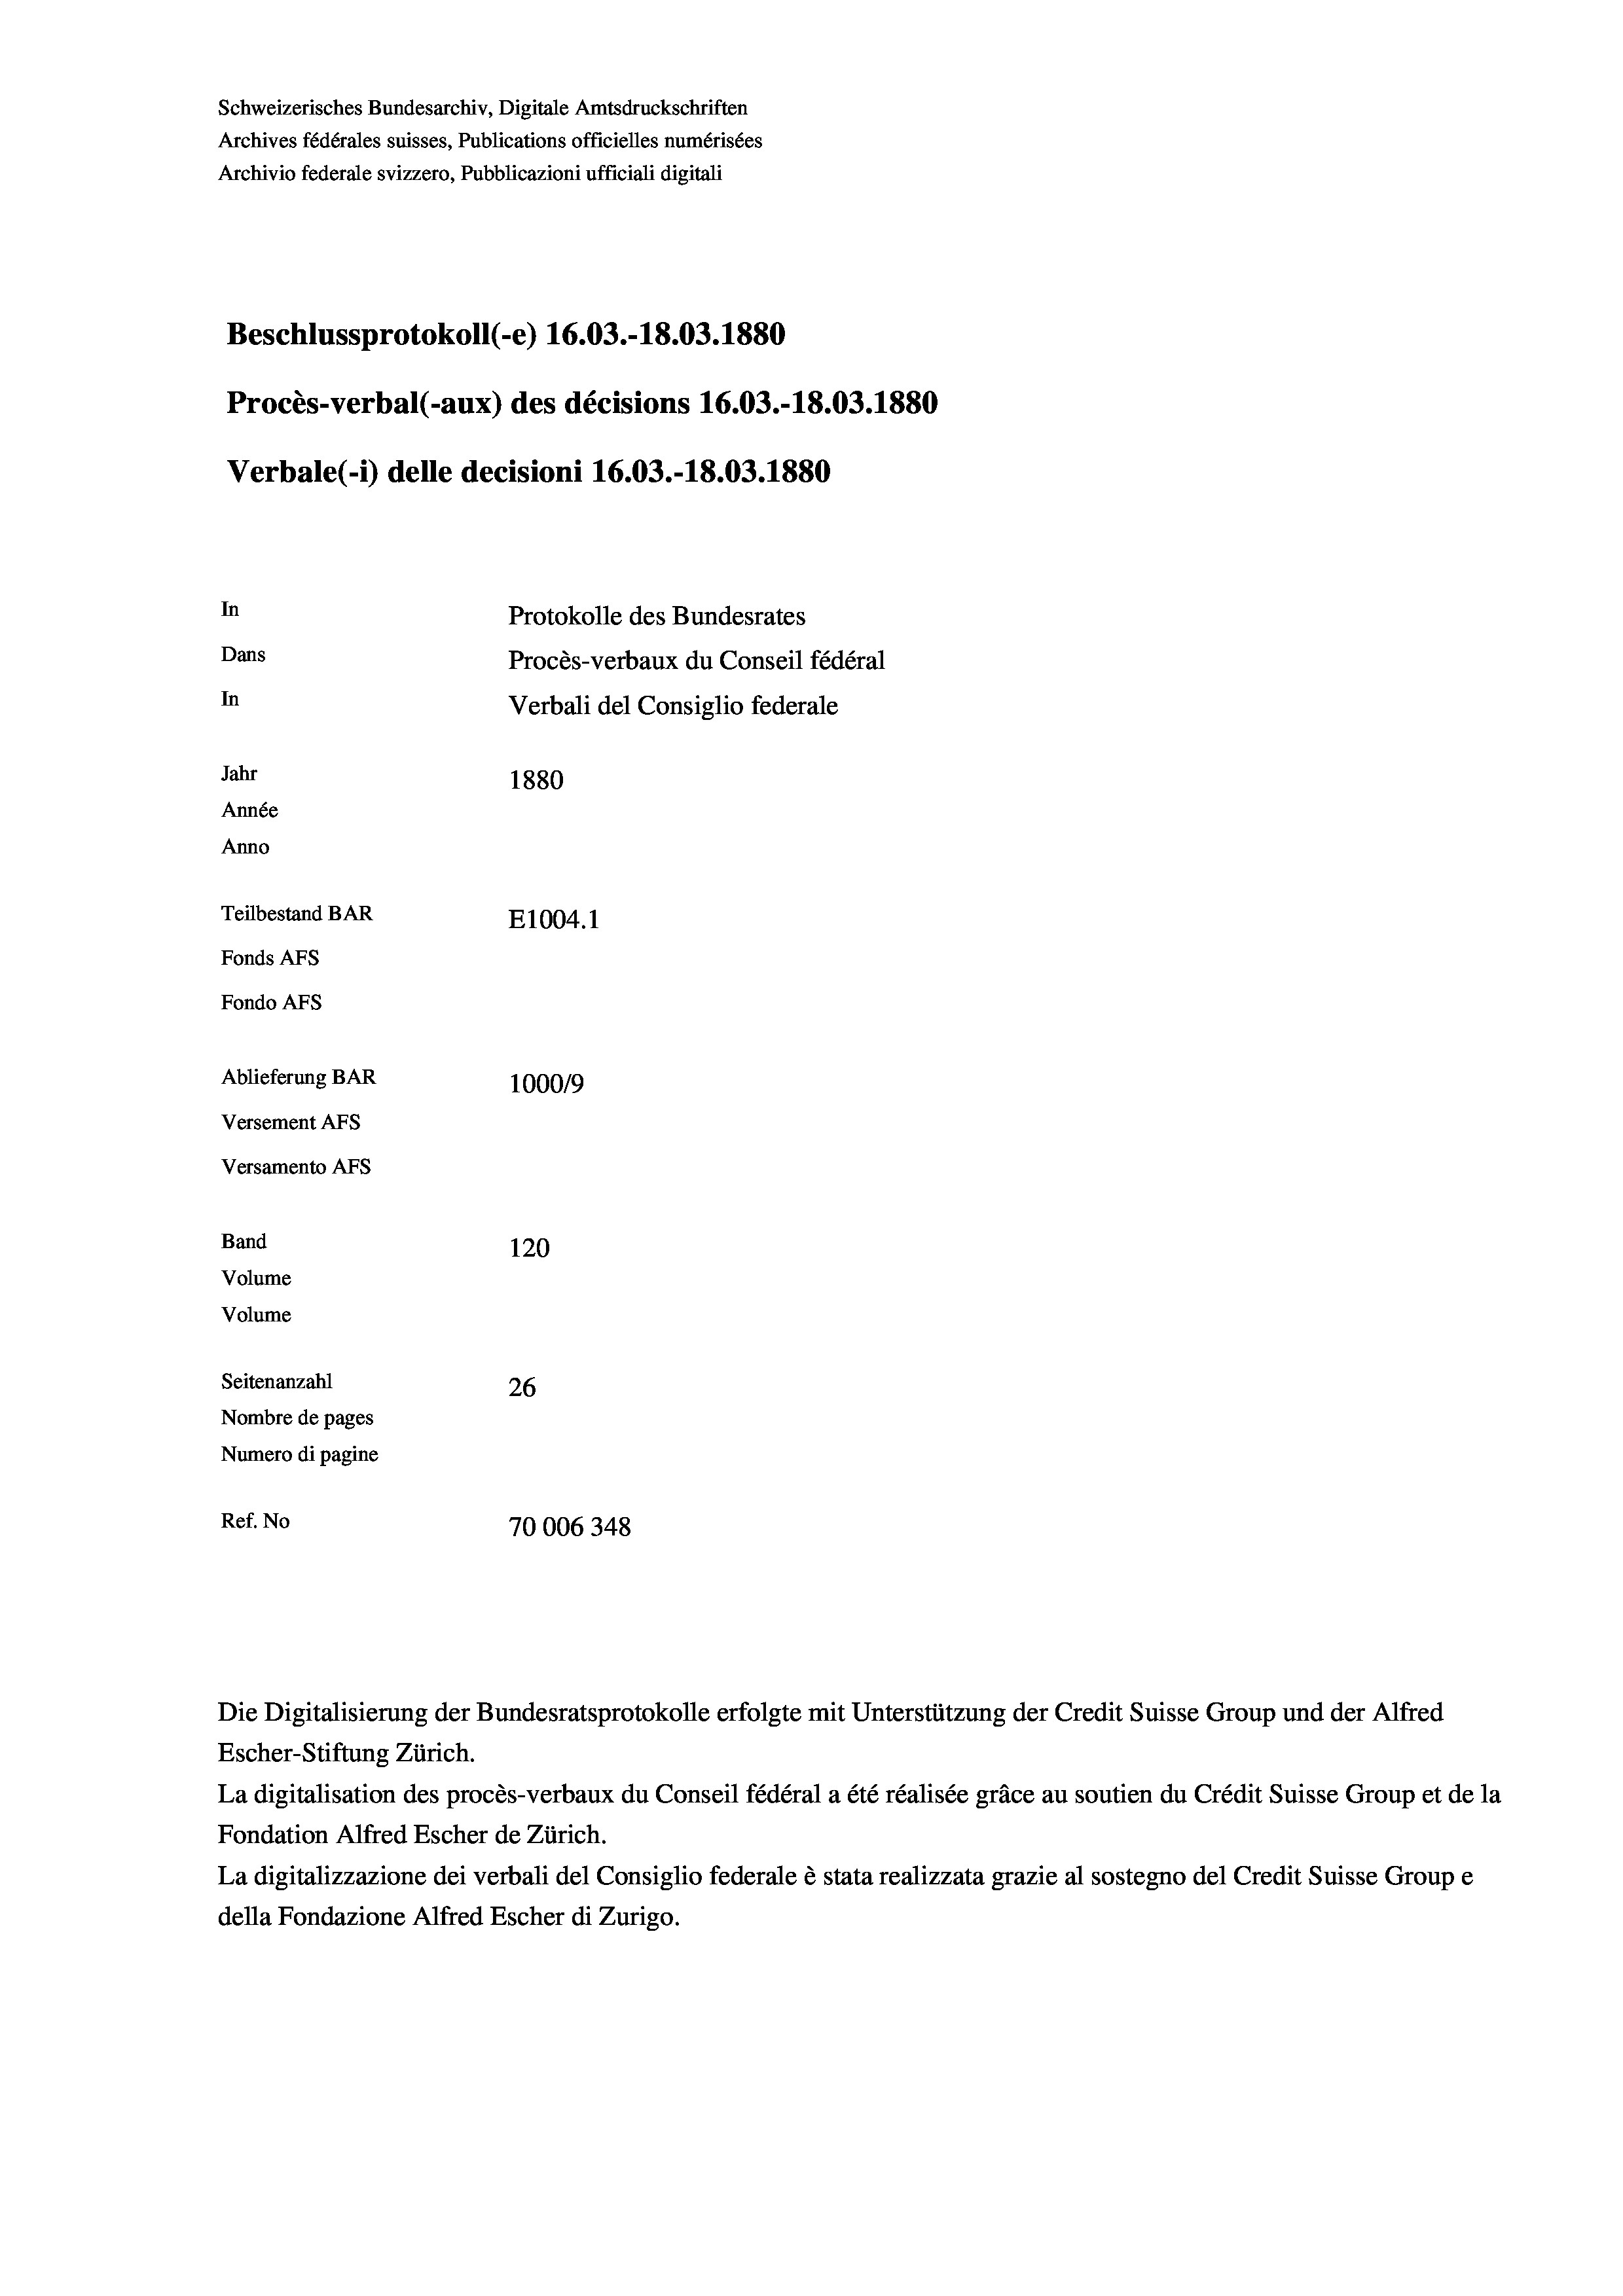
Schweizerisches Bundesarchiv, Digitale Amtsdruckschriften
Archives fédérales suisses, Publications officielles numérisées
Archivio federale svizzero, Pubblicazioni ufficiali digitali
Beschlussprotokoll (-e) 16.03.-18.03. 1880
Procès-verbal (-aux) des décisions 16.03.-18.03. 1880
Verbale(-*) delle decisioni 16.03.-18.03. 1880
In
Protokolle des Bundesrates
Dans
Procès-verbaux du Conseil fédéral
In
Verbali del Consiglio federale
Jahr
1880
Année
Anno
Teilbestand BAR
E1004. 1
Fonds AFs
Fondo Afs
Ablieferung BAR
100019
Versement AFs

Versamento Afs
Band
Volume
Volume

120
Seitenanzahl
26
Nombre de pages
Numero di pagine
Ref. No
70006348

Escher-Stiftung Zürich.
La digitalisation des procès-verbaux du Conseil fédéral a été réalisée gräce au soutien du Crédit Suisse Group et de la
Fondation Alfred Escher de Zürich.
La digitalizzazione dei verbali del Consiglio federale è stata realizzata grazie al sostegno del Credit Suisse Groupe
della Fondazione Alfred Escher di Zurigo.

Die Digitalisierung der Bundesratsprotokolle erfolgte mit Unterstützung der Credit Suisse Group und der Alfred